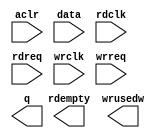
// megafunction wizard: %FIFO%VBB%
// GENERATION: STANDARD
// VERSION: WM1.0
// MODULE: dcfifo 

// ============================================================
// Megafunction Name(s):
// 			dcfifo
//
// Simulation Library Files(s):
// 			altera_mf
// ============================================================
// ************************************************************
// THIS IS A WIZARD-GENERATED FILE. DO NOT EDIT THIS FILE!
//
// 9.1 Build 222 10/21/2009 SJ Web Edition
// ************************************************************

//Copyright (C) 1991-2009 Altera Corporation
//Your use of Altera Corporation's design tools, logic functions 
//and other software and tools, and its AMPP partner logic 
//functions, and any output files from any of the foregoing 
//(including device programming or simulation files), and any 
//associated documentation or information are expressly subject 
//to the terms and conditions of the Altera Program License 
//Subscription Agreement, Altera MegaCore Function License 
//Agreement, or other applicable license agreement, including, 
//without limitation, that your use is for the sole purpose of 
//programming logic devices manufactured by Altera and sold by 
//Altera or its authorized distributors.  Please refer to the 
//applicable agreement for further details.

module fifo2_1 (
	aclr,
	data,
	rdclk,
	rdreq,
	wrclk,
	wrreq,
	q,
	rdempty,
	wrusedw);

	input	  aclr;
	input	[23:0]  data;
	input	  rdclk;
	input	  rdreq;
	input	  wrclk;
	input	  wrreq;
	output	[23:0]  q;
	output	  rdempty;
	output	[10:0]  wrusedw;
`ifndef ALTERA_RESERVED_QIS
// synopsys translate_off
`endif
	tri0	  aclr;
`ifndef ALTERA_RESERVED_QIS
// synopsys translate_on
`endif

endmodule

// ============================================================
// CNX file retrieval info
// ============================================================
// Retrieval info: PRIVATE: AlmostEmpty NUMERIC "0"
// Retrieval info: PRIVATE: AlmostEmptyThr NUMERIC "-1"
// Retrieval info: PRIVATE: AlmostFull NUMERIC "0"
// Retrieval info: PRIVATE: AlmostFullThr NUMERIC "-1"
// Retrieval info: PRIVATE: CLOCKS_ARE_SYNCHRONIZED NUMERIC "0"
// Retrieval info: PRIVATE: Clock NUMERIC "4"
// Retrieval info: PRIVATE: Depth NUMERIC "2048"
// Retrieval info: PRIVATE: Empty NUMERIC "1"
// Retrieval info: PRIVATE: Full NUMERIC "1"
// Retrieval info: PRIVATE: INTENDED_DEVICE_FAMILY STRING "Cyclone III"
// Retrieval info: PRIVATE: LE_BasedFIFO NUMERIC "0"
// Retrieval info: PRIVATE: LegacyRREQ NUMERIC "1"
// Retrieval info: PRIVATE: MAX_DEPTH_BY_9 NUMERIC "0"
// Retrieval info: PRIVATE: OVERFLOW_CHECKING NUMERIC "0"
// Retrieval info: PRIVATE: Optimize NUMERIC "0"
// Retrieval info: PRIVATE: RAM_BLOCK_TYPE NUMERIC "0"
// Retrieval info: PRIVATE: SYNTH_WRAPPER_GEN_POSTFIX STRING "0"
// Retrieval info: PRIVATE: UNDERFLOW_CHECKING NUMERIC "1"
// Retrieval info: PRIVATE: UsedW NUMERIC "1"
// Retrieval info: PRIVATE: Width NUMERIC "24"
// Retrieval info: PRIVATE: dc_aclr NUMERIC "1"
// Retrieval info: PRIVATE: diff_widths NUMERIC "0"
// Retrieval info: PRIVATE: msb_usedw NUMERIC "0"
// Retrieval info: PRIVATE: output_width NUMERIC "24"
// Retrieval info: PRIVATE: rsEmpty NUMERIC "1"
// Retrieval info: PRIVATE: rsFull NUMERIC "0"
// Retrieval info: PRIVATE: rsUsedW NUMERIC "0"
// Retrieval info: PRIVATE: sc_aclr NUMERIC "0"
// Retrieval info: PRIVATE: sc_sclr NUMERIC "0"
// Retrieval info: PRIVATE: wsEmpty NUMERIC "0"
// Retrieval info: PRIVATE: wsFull NUMERIC "0"
// Retrieval info: PRIVATE: wsUsedW NUMERIC "1"
// Retrieval info: CONSTANT: INTENDED_DEVICE_FAMILY STRING "Cyclone III"
// Retrieval info: CONSTANT: LPM_NUMWORDS NUMERIC "2048"
// Retrieval info: CONSTANT: LPM_SHOWAHEAD STRING "OFF"
// Retrieval info: CONSTANT: LPM_TYPE STRING "dcfifo"
// Retrieval info: CONSTANT: LPM_WIDTH NUMERIC "24"
// Retrieval info: CONSTANT: LPM_WIDTHU NUMERIC "11"
// Retrieval info: CONSTANT: OVERFLOW_CHECKING STRING "ON"
// Retrieval info: CONSTANT: RDSYNC_DELAYPIPE NUMERIC "4"
// Retrieval info: CONSTANT: UNDERFLOW_CHECKING STRING "OFF"
// Retrieval info: CONSTANT: USE_EAB STRING "ON"
// Retrieval info: CONSTANT: WRITE_ACLR_SYNCH STRING "OFF"
// Retrieval info: CONSTANT: WRSYNC_DELAYPIPE NUMERIC "4"
// Retrieval info: USED_PORT: aclr 0 0 0 0 INPUT GND aclr
// Retrieval info: USED_PORT: data 0 0 24 0 INPUT NODEFVAL data[23..0]
// Retrieval info: USED_PORT: q 0 0 24 0 OUTPUT NODEFVAL q[23..0]
// Retrieval info: USED_PORT: rdclk 0 0 0 0 INPUT NODEFVAL rdclk
// Retrieval info: USED_PORT: rdempty 0 0 0 0 OUTPUT NODEFVAL rdempty
// Retrieval info: USED_PORT: rdreq 0 0 0 0 INPUT NODEFVAL rdreq
// Retrieval info: USED_PORT: wrclk 0 0 0 0 INPUT NODEFVAL wrclk
// Retrieval info: USED_PORT: wrreq 0 0 0 0 INPUT NODEFVAL wrreq
// Retrieval info: USED_PORT: wrusedw 0 0 11 0 OUTPUT NODEFVAL wrusedw[10..0]
// Retrieval info: CONNECT: @data 0 0 24 0 data 0 0 24 0
// Retrieval info: CONNECT: q 0 0 24 0 @q 0 0 24 0
// Retrieval info: CONNECT: @wrreq 0 0 0 0 wrreq 0 0 0 0
// Retrieval info: CONNECT: @rdreq 0 0 0 0 rdreq 0 0 0 0
// Retrieval info: CONNECT: @rdclk 0 0 0 0 rdclk 0 0 0 0
// Retrieval info: CONNECT: @wrclk 0 0 0 0 wrclk 0 0 0 0
// Retrieval info: CONNECT: rdempty 0 0 0 0 @rdempty 0 0 0 0
// Retrieval info: CONNECT: wrusedw 0 0 11 0 @wrusedw 0 0 11 0
// Retrieval info: CONNECT: @aclr 0 0 0 0 aclr 0 0 0 0
// Retrieval info: LIBRARY: altera_mf altera_mf.altera_mf_components.all
// Retrieval info: GEN_FILE: TYPE_NORMAL fifo2_1.v TRUE
// Retrieval info: GEN_FILE: TYPE_NORMAL fifo2_1.inc FALSE
// Retrieval info: GEN_FILE: TYPE_NORMAL fifo2_1.cmp FALSE
// Retrieval info: GEN_FILE: TYPE_NORMAL fifo2_1.bsf TRUE FALSE
// Retrieval info: GEN_FILE: TYPE_NORMAL fifo2_1_inst.v TRUE
// Retrieval info: GEN_FILE: TYPE_NORMAL fifo2_1_bb.v TRUE
// Retrieval info: GEN_FILE: TYPE_NORMAL fifo2_1_waveforms.html TRUE
// Retrieval info: GEN_FILE: TYPE_NORMAL fifo2_1_wave*.jpg FALSE
// Retrieval info: LIB_FILE: altera_mf